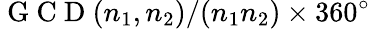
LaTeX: \mathrm{~G~C~D~}(n_{1},n_{2})/(n_{1}n_{2})\times 360^{\circ}